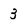
Character: 3